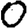
Digit: 0